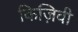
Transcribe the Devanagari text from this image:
किज़िवी